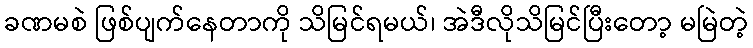
ခဏမစဲ ဖြစ်ပျက်နေတာကို သိမြင်ရမယ်၊ အဲဒီလိုသိမြင်ပြီးတော့ မမြဲတဲ့